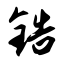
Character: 锆